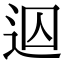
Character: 𨒊